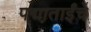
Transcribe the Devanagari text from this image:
पद्माताईंचे